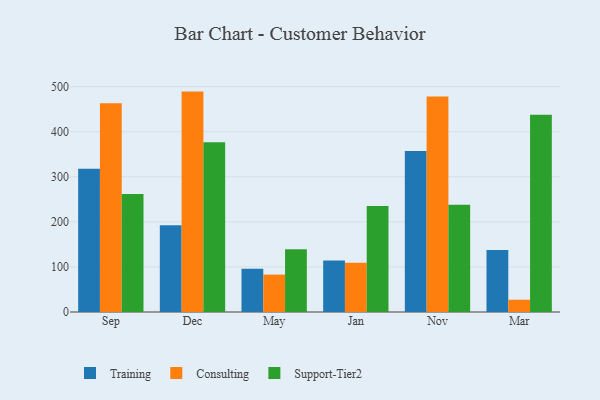
{"axis": {"x": "Month", "y": "Page Views"}, "legend": ["Consulting", "Support-Tier2", "Training"], "data": [{"x": "Sep", "y": 317.8, "type": "Training"}, {"x": "Sep", "y": 463.4, "type": "Consulting"}, {"x": "Sep", "y": 261.6, "type": "Support-Tier2"}, {"x": "Dec", "y": 192.5, "type": "Training"}, {"x": "Dec", "y": 489.0, "type": "Consulting"}, {"x": "Dec", "y": 376.6, "type": "Support-Tier2"}, {"x": "May", "y": 96.0, "type": "Training"}, {"x": "May", "y": 83.0, "type": "Consulting"}, {"x": "May", "y": 139.0, "type": "Support-Tier2"}, {"x": "Jan", "y": 114.5, "type": "Training"}, {"x": "Jan", "y": 109.3, "type": "Consulting"}, {"x": "Jan", "y": 235.0, "type": "Support-Tier2"}, {"x": "Nov", "y": 357.3, "type": "Training"}, {"x": "Nov", "y": 478.2, "type": "Consulting"}, {"x": "Nov", "y": 238.2, "type": "Support-Tier2"}, {"x": "Mar", "y": 137.8, "type": "Training"}, {"x": "Mar", "y": 27.2, "type": "Consulting"}, {"x": "Mar", "y": 437.7, "type": "Support-Tier2"}]}